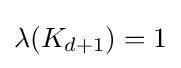
\lambda (K_{d+1})=1